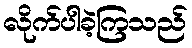
လိုက်ပါခဲ့ကြသည်